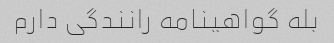
بله گواهینامه رانندگی دارم